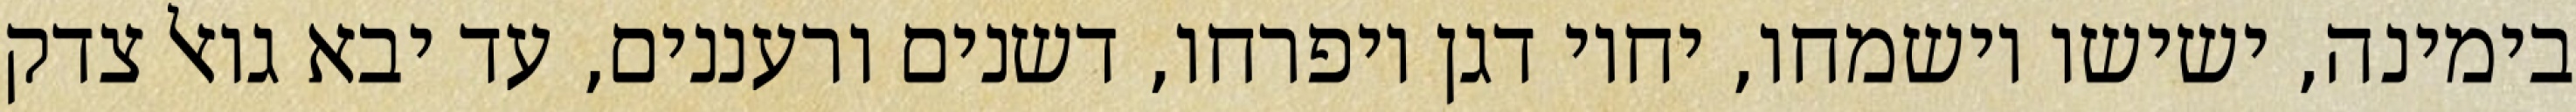
בימינה, ישישו וישמחו, יחיו דגן ויפרחו, דשנים ורעננים, עד יבא גואל צדק